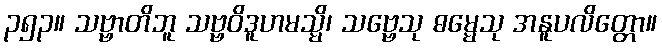
၃၅၃။ သဗ္ဗာတိဘူ သဗ္ဗဝိဒူဟမသ္မိ၊ သဗ္ဗေသု ဓမ္မေသု အနူပလိတ္တော။